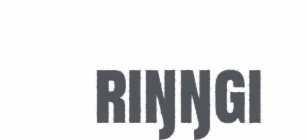
riŋŋgi